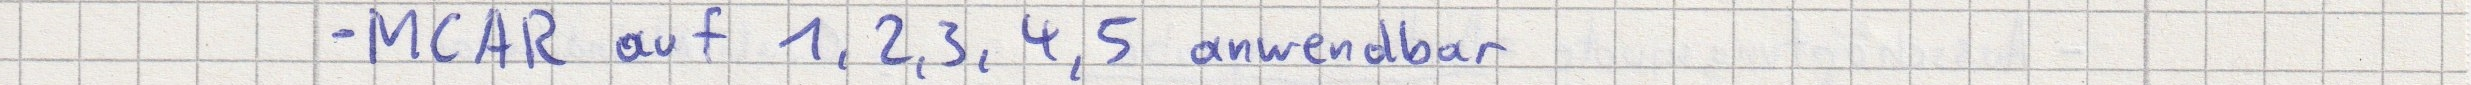
- MCAR auf 1, 2, 3, 4, 5 anwendbar